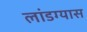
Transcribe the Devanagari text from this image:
लांडग्यास